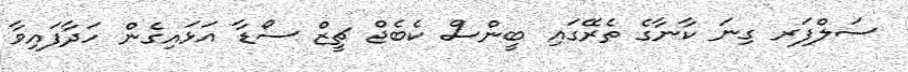
ސަލްފަރ ގިނަ ކާނާގެ ތެރޭގައި ބީންސް ކެބެޖް ޗީޒް ސޯޑާ އަޅައިގެން ހަދާފައިވާ